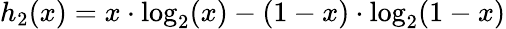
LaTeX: h_{2}(x)=x\cdot\log_{2}(x)-(1-x)\cdot\log_{2}(1-x)